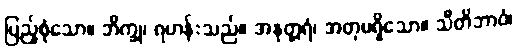
ပြည့်စုံသော။ ဘိက္ခု၊ ရဟန်းသည်။ အနုတ္တရံ၊ အတုမရှိသော။ သီတိဘာဝံ၊